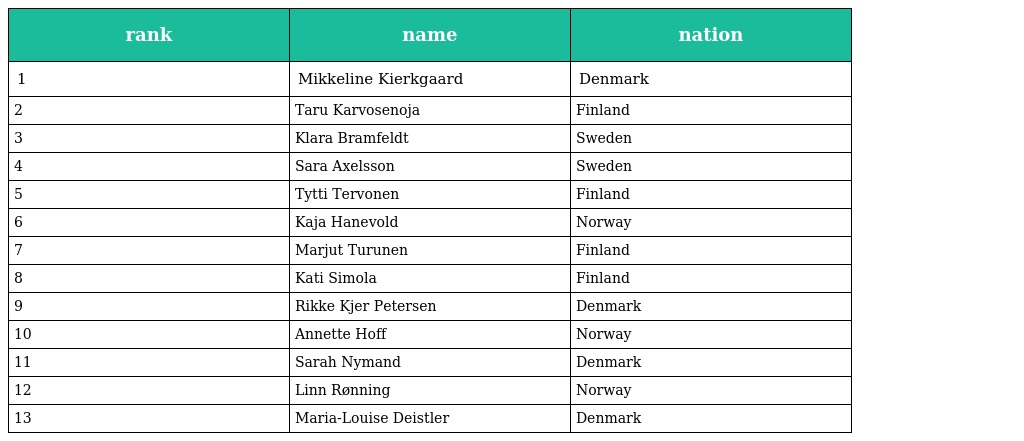
| rank | name | nation |
 | --- | --- | --- |
 | 1 | Mikkeline Kierkgaard | Denmark |
 | 2 | Taru Karvosenoja | Finland |
 | 3 | Klara Bramfeldt | Sweden |
 | 4 | Sara Axelsson | Sweden |
 | 5 | Tytti Tervonen | Finland |
 | 6 | Kaja Hanevold | Norway |
 | 7 | Marjut Turunen | Finland |
 | 8 | Kati Simola | Finland |
 | 9 | Rikke Kjer Petersen | Denmark |
 | 10 | Annette Hoff | Norway |
 | 11 | Sarah Nymand | Denmark |
 | 12 | Linn Rønning | Norway |
 | 13 | Maria-Louise Deistler | Denmark |